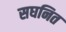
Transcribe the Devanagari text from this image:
सघनित